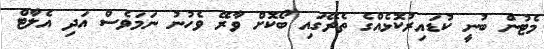
މެޓުން ބުނީ ކުޑައިރުކޮޅެއްގެ ތެރޭގައި ބޯކޮށް ވާރޭ ވެހުނު ނަމަވެސް އަދި އެލާޓް